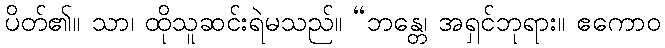
ပိတ်၏။ သာ၊ ထိုသူဆင်းရဲမသည်။ “ဘန္တေ၊ အရှင်ဘုရား။ ဧကောဝ